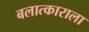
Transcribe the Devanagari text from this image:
बलात्‍काराला